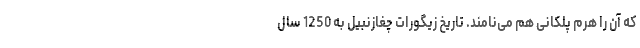
که آن را هرم پلکانی هم می‌نامند. تاریخ زیگورات چغازنبیل به 1250 سال